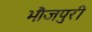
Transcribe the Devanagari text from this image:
भौजपुरी